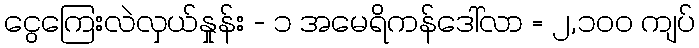
ငွေကြေးလဲလှယ်နှုန်း - ၁ အမေရိကန်ဒေါ်လာ = ၂,၁၀၀ ကျပ်